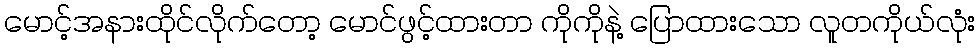
မောင့်အနားထိုင်လိုက်တော့ မောင်ဖွင့်ထားတာ ကိုကိုနဲ့ ပြောထားသော လူတကိုယ်လုံး